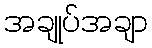
အချုပ်အချာ